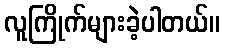
လူကြိုက်များခဲ့ပါတယ်။